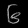
Digit: ၆